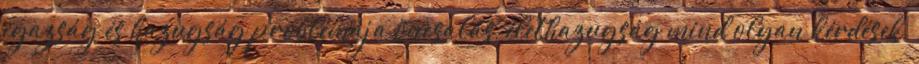
igazság és hazugság problémája öncsalás, élethazugság mind olyan kérdések,